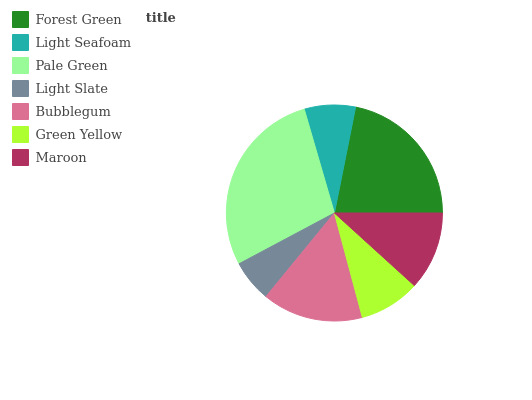
| Forest Green | Light Seafoam | Pale Green | Light Slate | Bubblegum | Green Yellow | Maroon |
 | --- | --- | --- | --- | --- | --- | --- |
 | 21.8% | 7.64% | 28.3% | 6.29% | 15.1% | 9.11% | 11.7% |